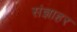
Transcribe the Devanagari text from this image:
संज्ञाहर